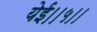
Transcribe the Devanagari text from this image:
येई।।५।।